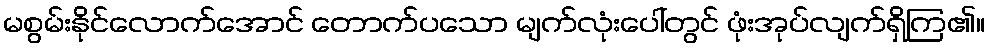
မစွမ်းနိုင်လောက်အောင် တောက်ပသော မျက်လုံးပေါ်တွင် ဖုံးအုပ်လျက်ရှိကြ၏။